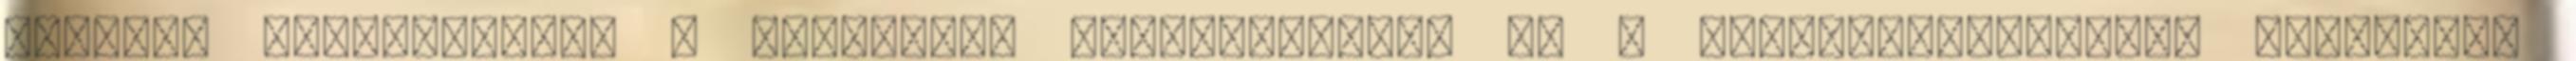
sütiket alkalmazunk. A honlapunk használatával ön a tájékoztatásunkat tudomásul